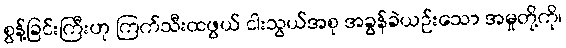
စွန့်ခြင်းကြီးဟု ကြက်သီးထဖွယ် ငါးသွယ်အစု အခွန်ခဲယဉ်းသော အမှုတို့ကို၊